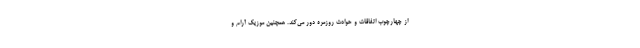
از چهارچوب اتفاقات و حوادث روزمره دور می‌کند. همچنین موزیک آرام و